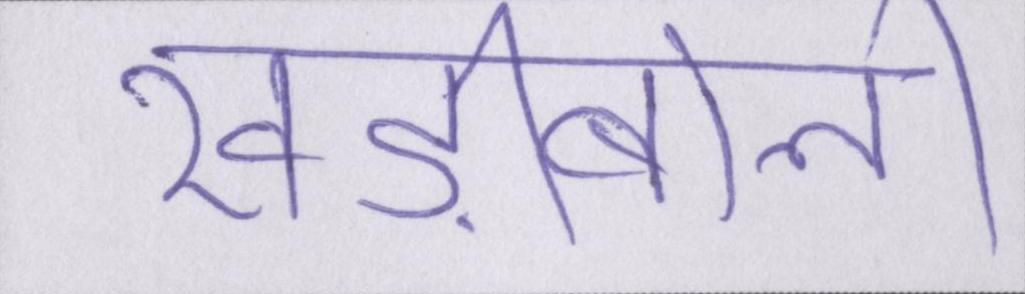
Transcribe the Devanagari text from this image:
खड़ीबोली